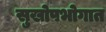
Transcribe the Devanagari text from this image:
सुखोपभोगात